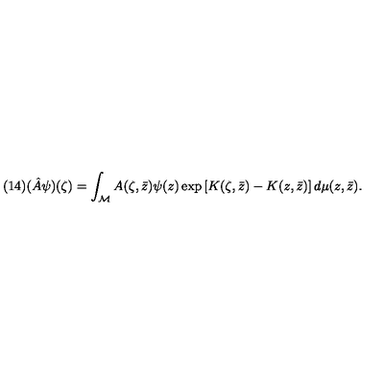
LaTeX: ( 1 4 ) ( \hat { A } \psi ) ( \zeta ) = \int _ { \cal M } A ( \zeta , \bar { z } ) \psi ( z ) \exp \left[ K ( \zeta , \bar { z } ) - K ( z , \bar { z } ) \right] d \mu ( z , \bar { z } ) .